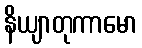
နိယျာတုကာမော